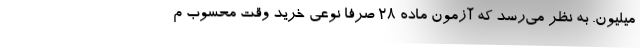
میلیون. به نظر می‌رسد که آزمون ماده ۲۸ صرفا نوعی خرید وقت محسوب م